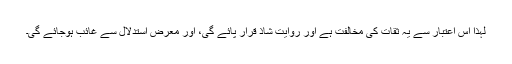
لہٰذا اس اعتبار سے یہ ثقات کی مخالفت ہے اور روایت شاذ قرار پائے گی، اور معرض استدلال سے غائب ہوجائے گی۔